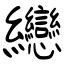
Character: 纞